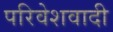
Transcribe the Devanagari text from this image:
परिवेशवादी